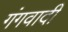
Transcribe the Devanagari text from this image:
गंगवादी